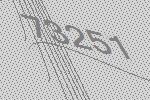
73251